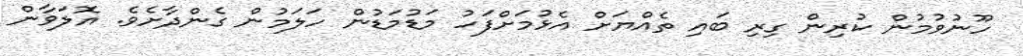
ހޫނުވުމުން ކުރިން ގިރި ބައި ތެއްޔަށް އެޅުމަށްފަހު މަޑުމަޑުން ހަލަމުން ގެންދާށެވެ. އޮލަވާން